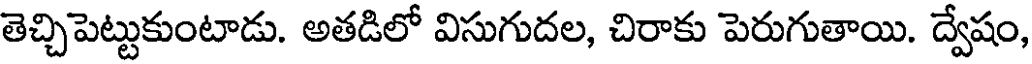
తెచ్చిపెట్టుకుంటాడు. అతడిలో విసుగుదల, చిరాకు పెరుగుతాయి. ద్వేషం,